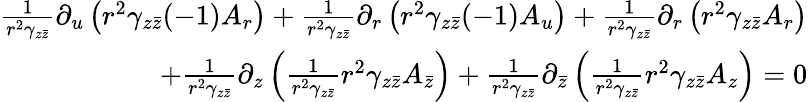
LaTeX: \begin{array}{r}{\frac{1}{r^{2}\gamma_{z\bar{z}}}\partial_{u}\left(r^{2}\gamma_{z\bar{z}}(-1)A_{r}\right)+\frac{1}{r^{2}\gamma_{z\bar{z}}}\partial_{r}\left(r^{2}\gamma_{z\bar{z}}(-1)A_{u}\right)+\frac{1}{r^{2}\gamma_{z\bar{z}}}\partial_{r}\left(r^{2}\gamma_{z\bar{z}}A_{r}\right)}\\ {+\frac{1}{r^{2}\gamma_{z\bar{z}}}\partial_{z}\left(\frac{1}{r^{2}\gamma_{z\bar{z}}}r^{2}\gamma_{z\bar{z}}A_{\bar{z}}\right)+\frac{1}{r^{2}\gamma_{z\bar{z}}}\partial_{\bar{z}}\left(\frac{1}{r^{2}\gamma_{z\bar{z}}}r^{2}\gamma_{z\bar{z}}A_{z}\right)=0}\end{array}